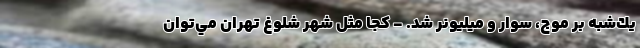
يك‌شبه بر موج، سوار و ميليونر شد. - كجا مثل شهر شلوغ تهران مي‌توان